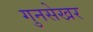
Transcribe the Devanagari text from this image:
गुनसेखर